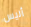
أليس